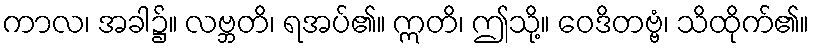
ကာလ၊ အခါ၌။ လဗ္ဘတိ၊ ရအပ်၏။ ဣတိ၊ ဤသို့။ ဝေဒိတဗ္ဗံ၊ သိထိုက်၏။